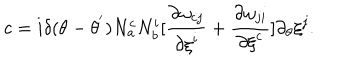
c = i { \delta } ( \theta - { \theta } ^ { ' } ) N _ { a } ^ { c } N _ { b } ^ { i } [ \frac { { \partial } { \omega } _ { c j } } { { \partial { \xi } ^ { i } } } + \frac { { \partial } { \omega } _ { j i } } { { \partial { \xi } ^ { c } } } ] \partial _ { \theta } { \xi } ^ { j } .